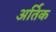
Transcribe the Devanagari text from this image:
अर्तिक